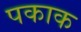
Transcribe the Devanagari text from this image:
पकाक